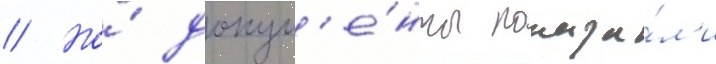
// Но́ докум'е́нты показа́л'и